Indian journal of veterinary science and animal husbandry - Volumes 18-21, 1948-1951
Year: 1948
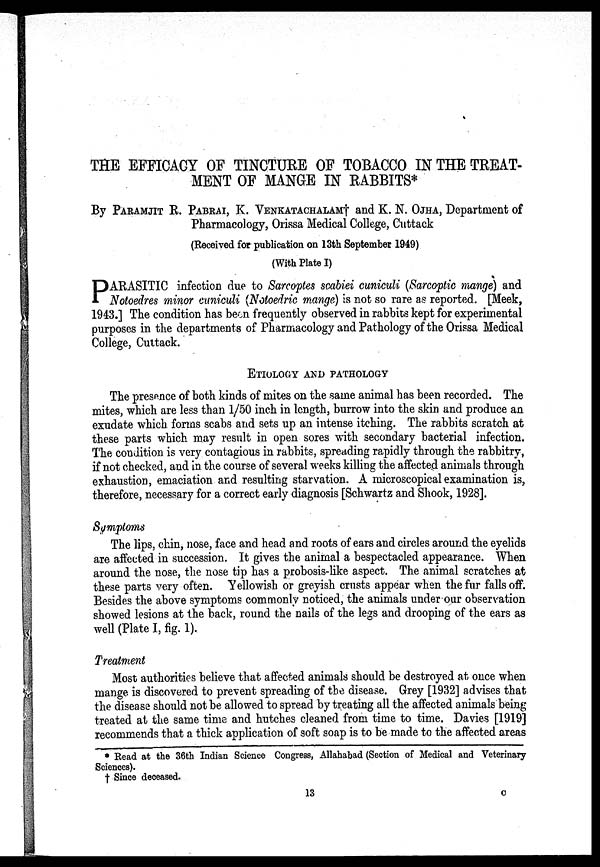
THE EFFICACY OF TINCTURE OF TOBACCO IN THE TREAT-
MENT OF MANGE IN RABBITS*
By PARAMJIT R. PABRAI, K. VENKATACHALAM† and K. N. OJHA, Department of
Pharmacology, Orissa Medical College, Cuttack
(Received for publication on 13th September 1949)
(With Plate I)
PARASITIC infection due to Sarcoptes scabiei cuniculi (Sarcoptic mange) and
Notoedres minor cuniculi (Notoedric mange) is not so rare as reported. [Meek,
1943.] The condition has been frequently observed in rabbits kept for experimental
purposes in the departments of Pharmacology and Pathology of the Orissa Medical
College, Cuttack.
ETIOLOGY AND PATHOLOGY
The presence of both kinds of mites on the same animal has been recorded. The
mites, which are less than 1/50 inch in length, burrow into the skin and produce an
exudate which forms scabs and sets up an intense itching. The rabbits scratch at
these parts which may result in open sores with secondary bacterial infection.
The condition is very contagious in rabbits, spreading rapidly through the rabbitry,
if not checked, and in the course of several weeks killing the affected animals through
exhaustion, emaciation and resulting starvation. A microscopical examination is,
therefore, necessary for a correct early diagnosis [Schwartz and Shook, 1928].
Symptoms
The lips, chin, nose, face and head and roots of ears and circles around the eyelids
are affected in succession. It gives the animal a bespectacled appearance. When
around the nose, the nose tip has a probosis-like aspect. The animal scratches at
these parts very often. Yellowish or greyish crusts appear when the fur falls off.
Besides the above symptoms commonly noticed, the animals under our observation
showed lesions at the back, round the nails of the legs and drooping of the ears as
well (Plate I, fig. 1).
Treatment
Most authorities believe that affected animals should be destroyed at once when
mange is discovered to prevent spreading of the disease. Grey [1932] advises that
the disease should not be allowed to spread by treating all the affected animals being
treated at the same time and hutches cleaned from time to time. Davies [1919]
recommends that a thick application of soft soap is to be made to the affected areas
* Read at the 36th Indian Science Congress, Allahabad (Section of Medical and Veterinary
Sciences).
† Since deceased.
13
c